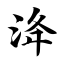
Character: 洚